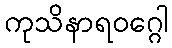
ကုသိနာရဝဂ္ဂေါ